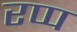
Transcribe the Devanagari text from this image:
रप्प